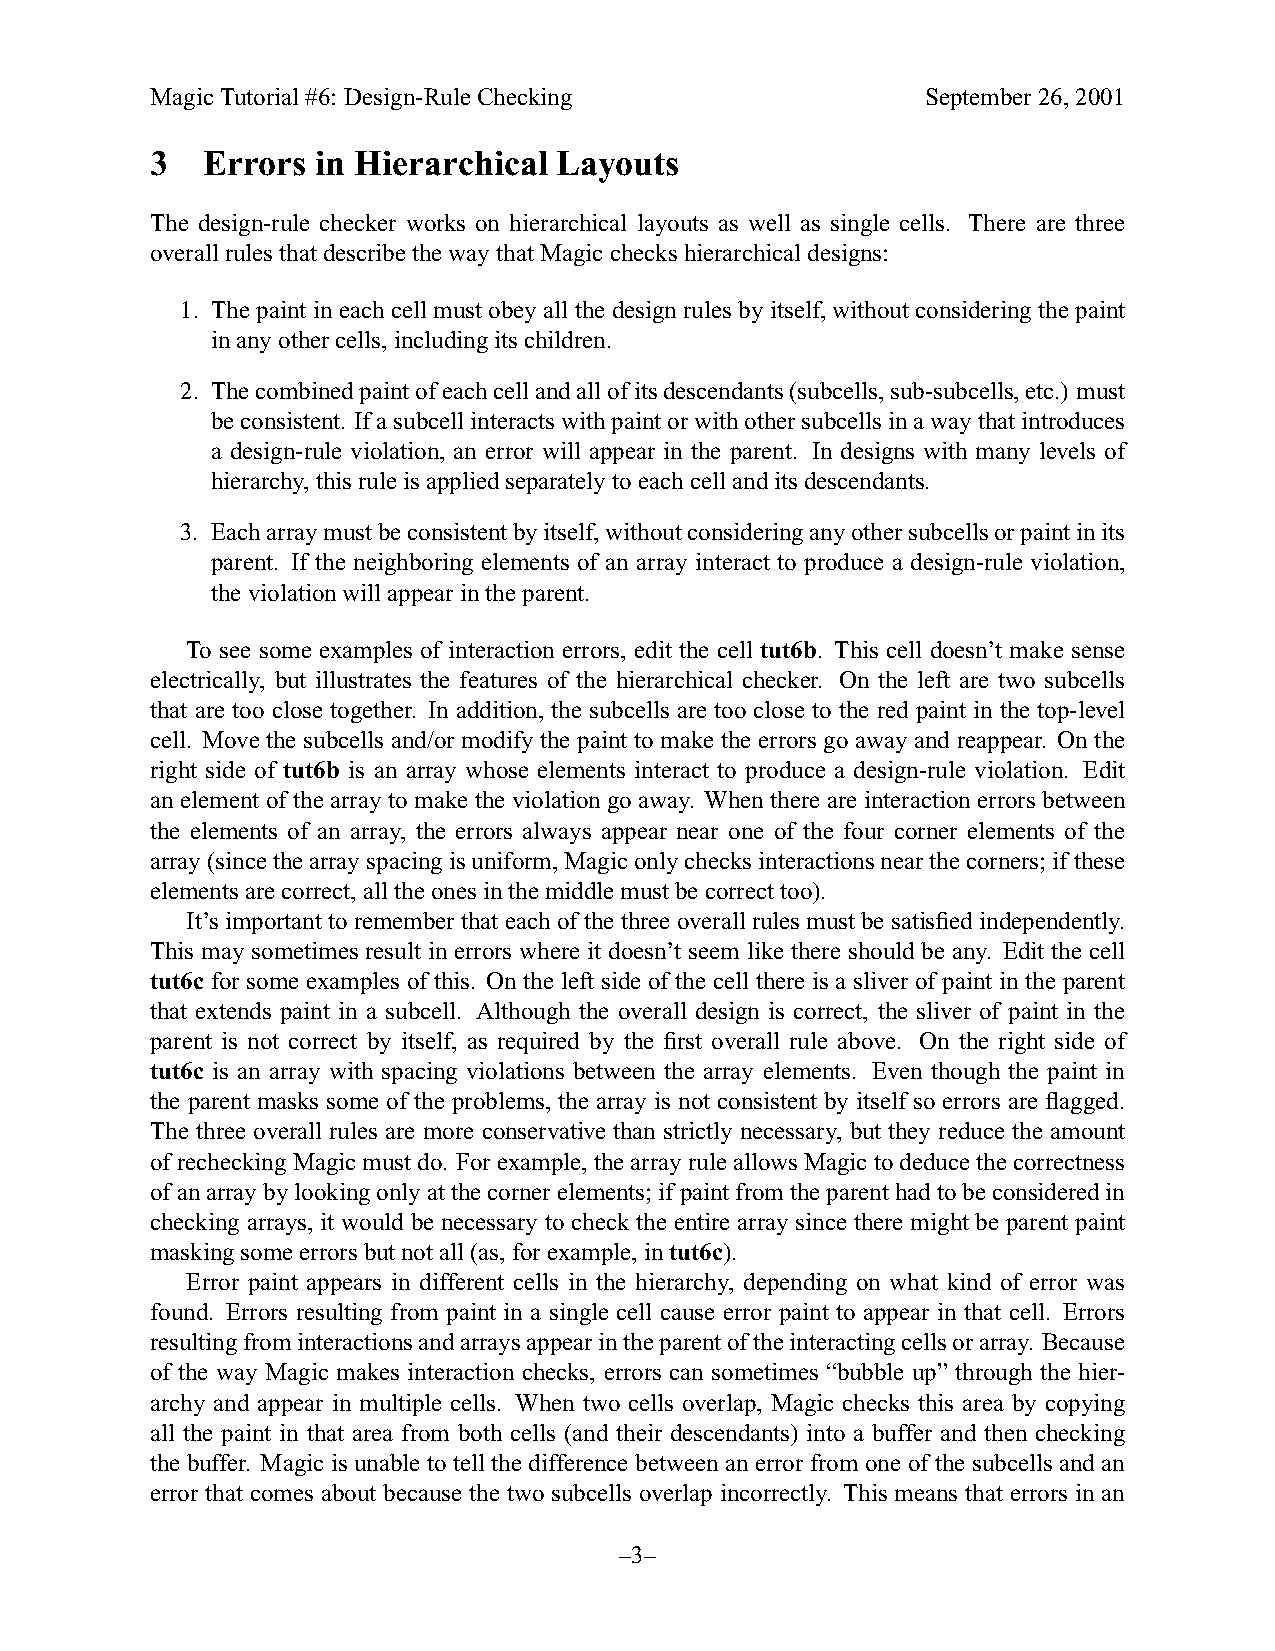
MagicTutorial#6: Design-RuleChecking               September26,2001
 3  Errors  in Hierarchical Layouts
 The design-rule checker works on hierarchical layouts as well as single cells. There are three
 overallrulesthatdescribethewaythatMagicchecks hierarchical designs:
 1. The paint in each cell must obey all the designrules by itself,without considering the paint
 inanyothercells,includingitschildren.
 2. Thecombinedpaintofeachcellandallofitsdescendants(subcells,sub-subcells,etc.) must
 beconsistent. Ifasubcellinteractswithpaintorwithothersubcellsinawaythatintroduces
 a design-rule violation, an error will appear in the parent. In designs with many levels of
 hierarchy,thisruleisappliedseparatelytoeach cell anditsdescendants.
 3. Eacharraymustbeconsistentbyitself,withoutconsideringanyothersubcellsorpaintinits
 parent. If the neighboring elements of an array interact to produce a design-rule violation,
 theviolationwillappearintheparent.
 To see some examples of interaction errors, edit the cell tut6b. This cell doesn’t make sense
 electrically, but illustrates the features of the hierarchical checker. On the left are two subcells
 that are too close together. In addition, the subcells are too close to the red paint in the top-level
 cell. Move the subcells and/or modify the paint to make the errors go away and reappear. On the
 right side of tut6b is an array whose elements interact to produce a design-rule violation. Edit
 an element of the array to make the violationgo away. When there are interaction errors between
 the elements of an array, the errors always appear near one of the four corner elements of the
 array(sincethearrayspacingisuniform,Magiconlychecks interactionsnearthecorners; ifthese
 elementsare correct,all theones inthemiddlemustbecorrect too).
 It’s importanttorememberthat each of thethree overallrules mustbe satisfiedindependently.
 This may sometimes result in errors where it doesn’t seem like there should be any. Edit the cell
 tut6c for some examples of this. On the left side of the cell there is a sliver of paint in the parent
 that extends paint in a subcell. Although the overall design is correct, the sliver of paint in the
 parent is not correct by itself, as required by the first overall rule above. On the right side of
 tut6c is an array with spacing violations between the array elements. Even though the paint in
 the parent masks some of the problems, the array is not consistent by itself so errors are flagged.
 The three overall rules are more conservative than strictly necessary, but they reduce the amount
 ofrechecking Magicmust do. Forexample,thearray ruleallowsMagictodeduce thecorrectness
 ofanarraybylookingonlyat thecornerelements;ifpaintfromtheparenthadtobeconsideredin
 checking arrays, it would be necessary to check the entire array since there might be parent paint
 maskingsomeerrors butnotall (as,forexample,intut6c).
 Error paint appears in different cells in the hierarchy, depending on what kind of error was
 found. Errors resulting from paint in a single cell cause error paint to appear in that cell. Errors
 resultingfrominteractionsandarraysappearintheparentoftheinteractingcellsorarray. Because
 of the way Magic makes interaction checks, errors can sometimes “bubble up” through the hier-
 archy and appear in multiple cells. When two cells overlap, Magic checks this area by copying
 all the paint in that area from both cells (and their descendants) into a buffer and then checking
 the buffer. Magic is unable to tell the difference between an error from one of the subcells and an
 error that comes about because the two subcells overlap incorrectly. This means that errors in an
 –3–